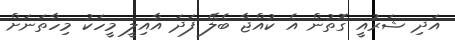
އަދި ޝަރުއީ ގޮތުން އެ ކުއްޖާ ބެލޭ ފަދަ އާއިލީ މީހަކު މިހާތަނަށް